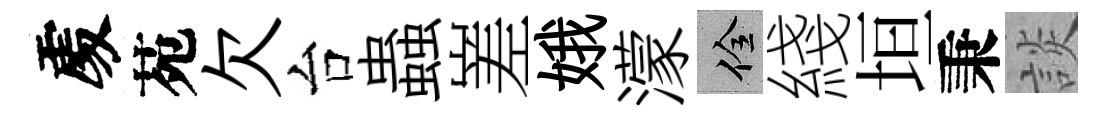
𠁅苑欠台蟲嵳娥濛佺綫垣秉談